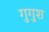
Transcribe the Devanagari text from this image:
गुगुश